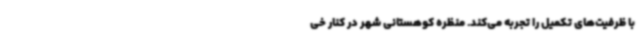
با ظرفیت‌های تکمیل را تجربه می‌کند. منظره کوهستانی شهر در کنار خی